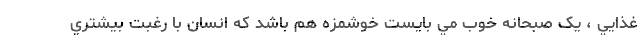
غذايي ، يک صبحانه خوب مي بايست خوشمزه هم باشد که انسان با رغبت بيشتري